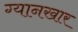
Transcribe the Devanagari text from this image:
ग्यानखार